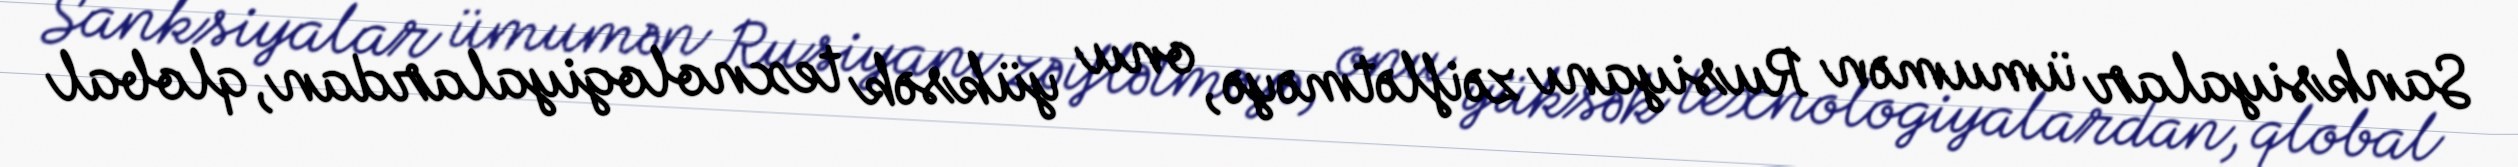
Sanksiyalar ümumən Rusiyanı zəiflətməyə, onu yüksək texnologiyalardan, qlobal